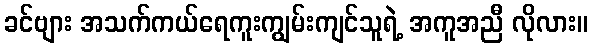
ခင်ဗျား အသက်ကယ်ရေကူးကျွမ်းကျင်သူရဲ့ အကူအညီ လိုလား။